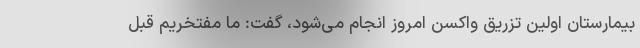
بیمارستان اولین تزریق واکسن امروز انجام می‌شود، گفت: ما مفتخریم قبل